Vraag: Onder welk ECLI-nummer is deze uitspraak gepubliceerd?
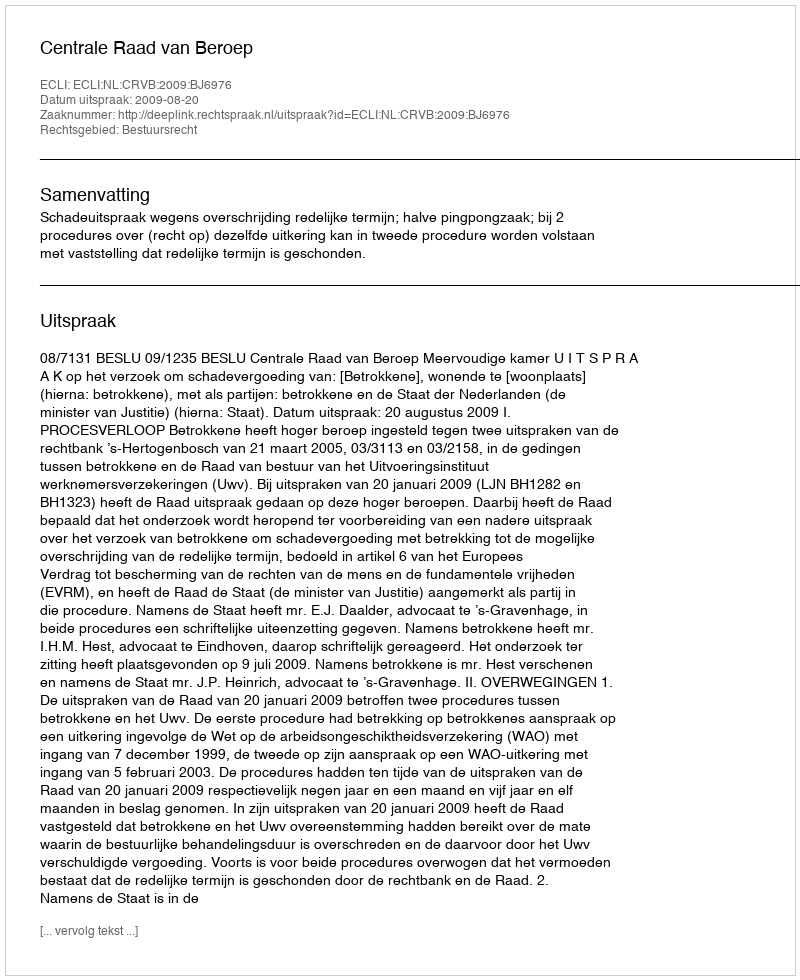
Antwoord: ECLI:NL:CRVB:2009:BJ6976